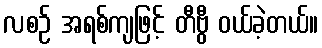
လစဉ် အရစ်ကျဖြင့် တီဗွီ ဝယ်ခဲ့တယ်။